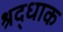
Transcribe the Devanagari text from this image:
श्रद्धाक